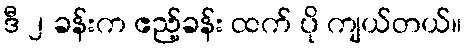
ဒီ ၂ ခန်းက ဧည့်ခန်း ထက် ပို ကျယ်တယ်။